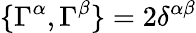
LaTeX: \{ \Gamma^{\alpha},\Gamma^{\beta}\} =2\delta^{\alpha\beta}